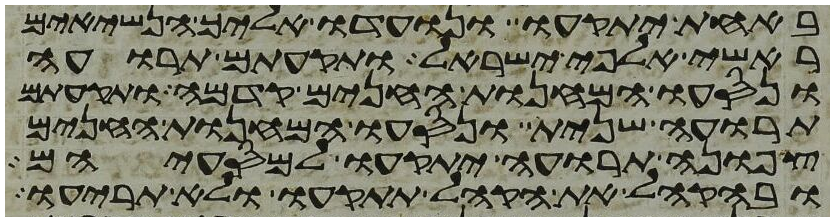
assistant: באחת יתקעו ונועדו אליך הנשיאים
ראשי אלפי ישראל ותקעתם תרועה
ונסעו המחנות החנים קדמה ותקעתם
תרועה שנית ונסעו המחנות החנים
צפונה תרועה יתקעו למסעיהם
ובהקהל את הקהל תתקעו ולא תריעו